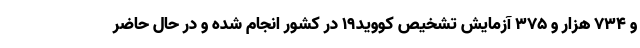
و ۷۳۴ هزار و ۳۷۵ آزمایش تشخیص کووید۱۹ در کشور انجام شده و در حال حاضر